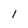
Character: l